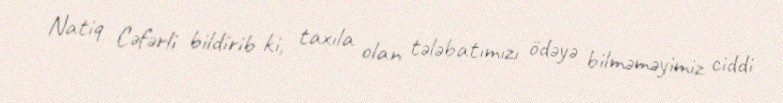
Natiq Cəfərli bildirib ki, taxıla olan tələbatımızı ödəyə bilməməyimiz ciddi